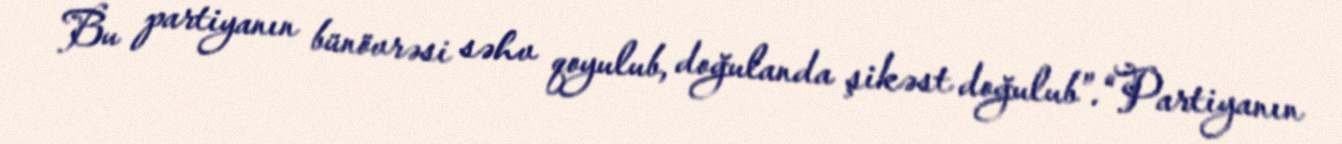
Bu partiyanın bünövrəsi səhv qoyulub, doğulanda şikəst doğulub”.“Partiyanın